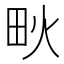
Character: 𤰹